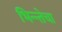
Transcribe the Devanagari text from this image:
भिन्न्तेचा